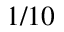
1 / 1 0